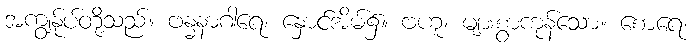
အကျွန်ုပ်တို့သည်။ ဗန္ဓနာဂါရေ၊ နှောင်အိမ်၌။ ဗဟူ၊ များစွာကုန်သော။ စောရေ၊